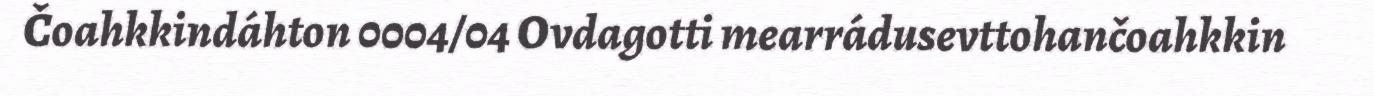
Čoahkkindáhton 0004/04 Ovdagotti mearrádusevttohančoahkkin